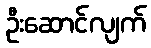
ဦးဆောင်လျက်